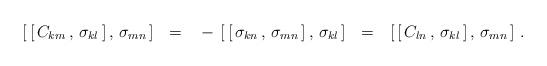
LaTeX: \begin{align*}{[}\, [ \, C_{km} \, , \, \sigma_{kl} \, ] \, , \, \sigma_{mn} \, ]~~ =~~- \, [ \, [ \, \sigma_{kn} \,,\, \sigma_{mn} \, ] \,,\, \sigma_{kl} \, ]~~ =~~[ \, [ \, C_{ln} \, , \, \sigma_{kl} \, ] \, , \, \sigma_{mn} \, ]~.~~~~~~ \end{align*}